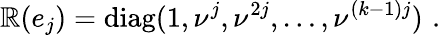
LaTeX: \mathbb{R}(e_{j})=\mathrm{{diag}}(1,\nu^{j},\nu^{2j},\ldots,\nu^{(k-1)j})\, \, .